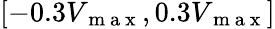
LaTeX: [-0.3V_{\mathrm{~m~a~x~}},0.3V_{\mathrm{~m~a~x~}}]